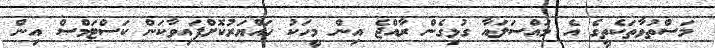
މަސްތުވާތަކެތީގެ އެ މައްސަލައާ ގުޅިގެން ރާއްޖެ އިން މީހަކު ހައްޔަރުކޮށްފައިވާކަން ކަސްޓަމްސް އިން